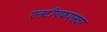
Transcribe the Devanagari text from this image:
एनटीएफएसवर